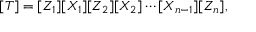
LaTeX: [ T ] = [ Z _ { 1 } ] [ X _ { 1 } ] [ Z _ { 2 } ] [ X _ { 2 } ] \cdots [ X _ { n - 1 } ] [ Z _ { n } ] ,